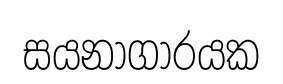
සයනාගාරයක